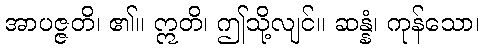
အာပဇ္ဇတိ၊ ၏။ ဣတိ၊ ဤသို့လျင်။ ဆန္နံ၊ ကုန်သော၊